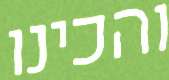
והכינו